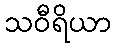
သဝီရိယာ